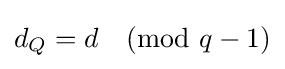
d_{Q}=d{\pmod {q-1}}